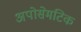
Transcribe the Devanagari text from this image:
अपोसेमटिक